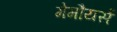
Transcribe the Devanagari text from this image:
मेमौयर्स